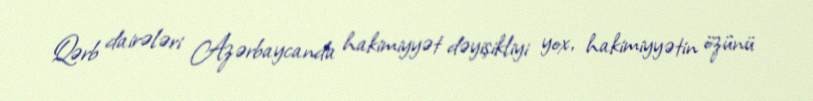
Qərb dairələri Azərbaycanda hakimiyyət dəyişikliyi yox, hakimiyyətin özünü